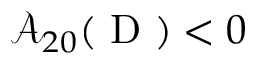
\mathcal { A } _ { 2 0 } ( \mathrm { ~ D ~ } ) < 0